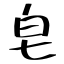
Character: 皂